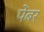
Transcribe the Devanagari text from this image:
पेंबर